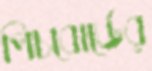
পিচবোর্ডের